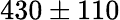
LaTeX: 430\pm 110